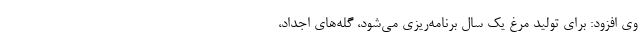
وی افزود: برای تولید مرغ یک سال برنامه‌ریزی می‌شود، گله‌های اجداد،